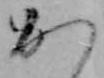
か